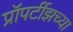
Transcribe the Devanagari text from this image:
प्रॉपर्टीझच्या